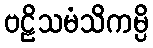
ဗဠိသမံသိကမ္ပိ